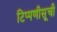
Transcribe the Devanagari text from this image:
टिप्पणीसूची